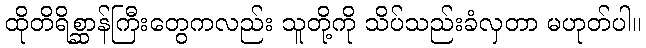
ထိုတိရိစ္ဆာန်ကြီးတွေကလည်း သူတို့ကို သိပ်သည်းခံလှတာ မဟုတ်ပါ။